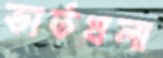
ভার্তখলা